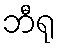
ဘီရု